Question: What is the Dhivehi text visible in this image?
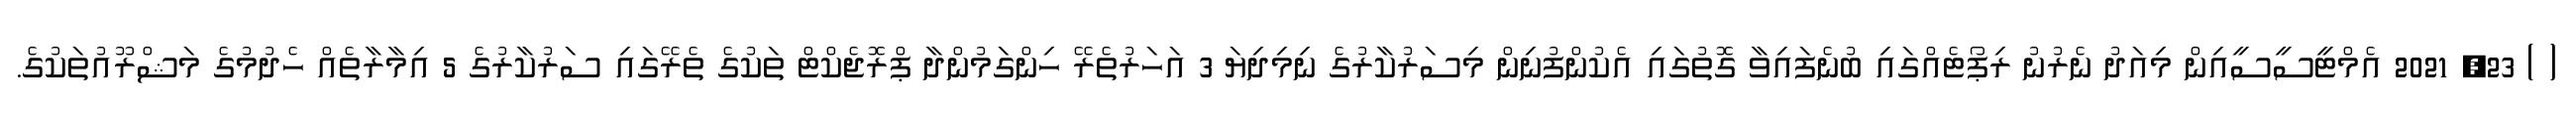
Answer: ( ) 23, 2021 އެމްޓީސީސީއިން މިއަދު ނެރުނު ރިޕޯޓެއްގައި ބުނެފައިވާ ގޮތުގައި އެކުންފުނިން މިސަރުކާރުގެ ނިމިދިޔަ 3 އަހަރުތެރޭ ހިންގަމުންދާ ޕްރޮޖެކްޓް ތަކުގެ ތެރޭގައި ސަރުކާރުގެ 5 އިމާރާތެއް ހެދުމުގެ މަޝްރޫއުތަކުގެ.